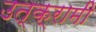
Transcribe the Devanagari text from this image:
उत्क्रामी